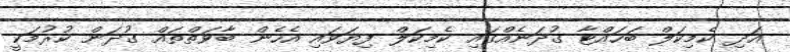
އަދި ކެމިކަލް ބަހައްޓާ ގުދަނެއްގައި ކެމިކަލް ފިޔަވައި އެހެން ބާވަތްތައް ގުދަން ކުރުމަކީ